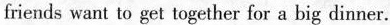
friends want to get together for a big dinner.